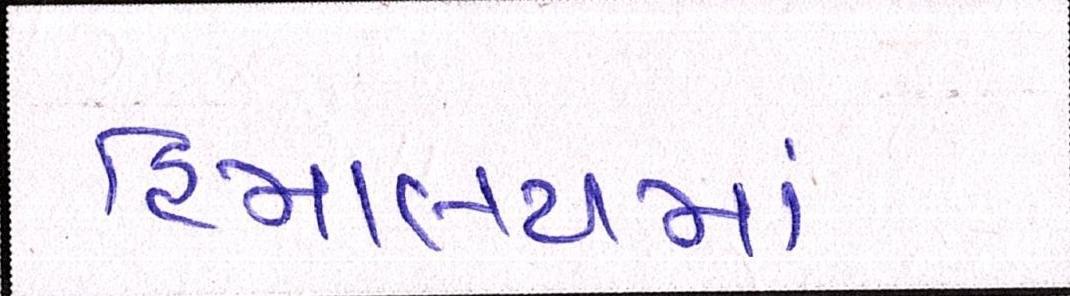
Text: હિમાલયમાં